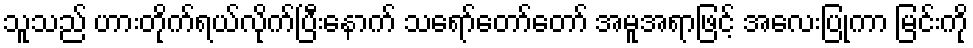
သူသည် ဟားတိုက်ရယ်လိုက်ပြီးနောက် သရော်တော်တော် အမူအရာဖြင့် အလေးပြုကာ မြင်းကို